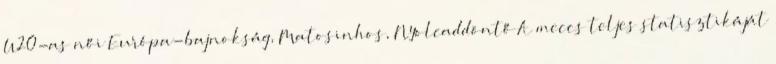
U20-as női Európa-bajnokság, Matosinhos, Nyolcaddöntő A meccs teljes statisztikáját